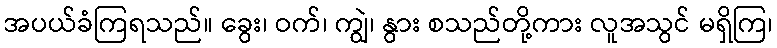
အပယ်ခံကြရသည်။ ခွေး၊ ဝက်၊ ကျွဲ၊ နွား စသည်တို့ကား လူအသွင် မရှိကြ၊